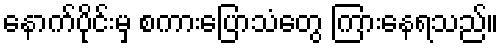
နောက်ပိုင်းမှ စကားပြောသံတွေ ကြားနေရသည်။